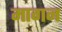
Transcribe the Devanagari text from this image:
मागन